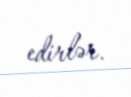
edirlər.